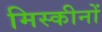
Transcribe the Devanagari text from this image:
मिस्कीनों